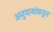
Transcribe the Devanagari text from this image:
अनुयायांकडून